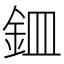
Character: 𫒏